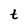
Character: t